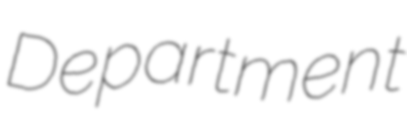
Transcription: Department